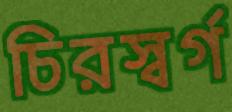
চিরস্বর্গ